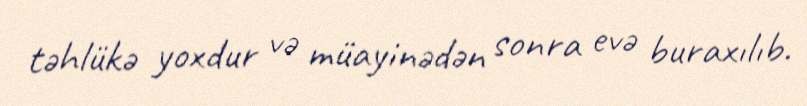
təhlükə yoxdur və müayinədən sonra evə buraxılıb.